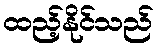
ထည့်နိုင်သည်